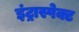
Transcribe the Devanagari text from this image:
इंट्रास्पेक्ट